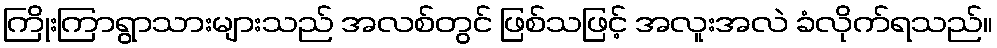
ကြိုးကြာရွာသားများသည် အလစ်တွင် ဖြစ်သဖြင့် အလူးအလဲ ခံလိုက်ရသည်။